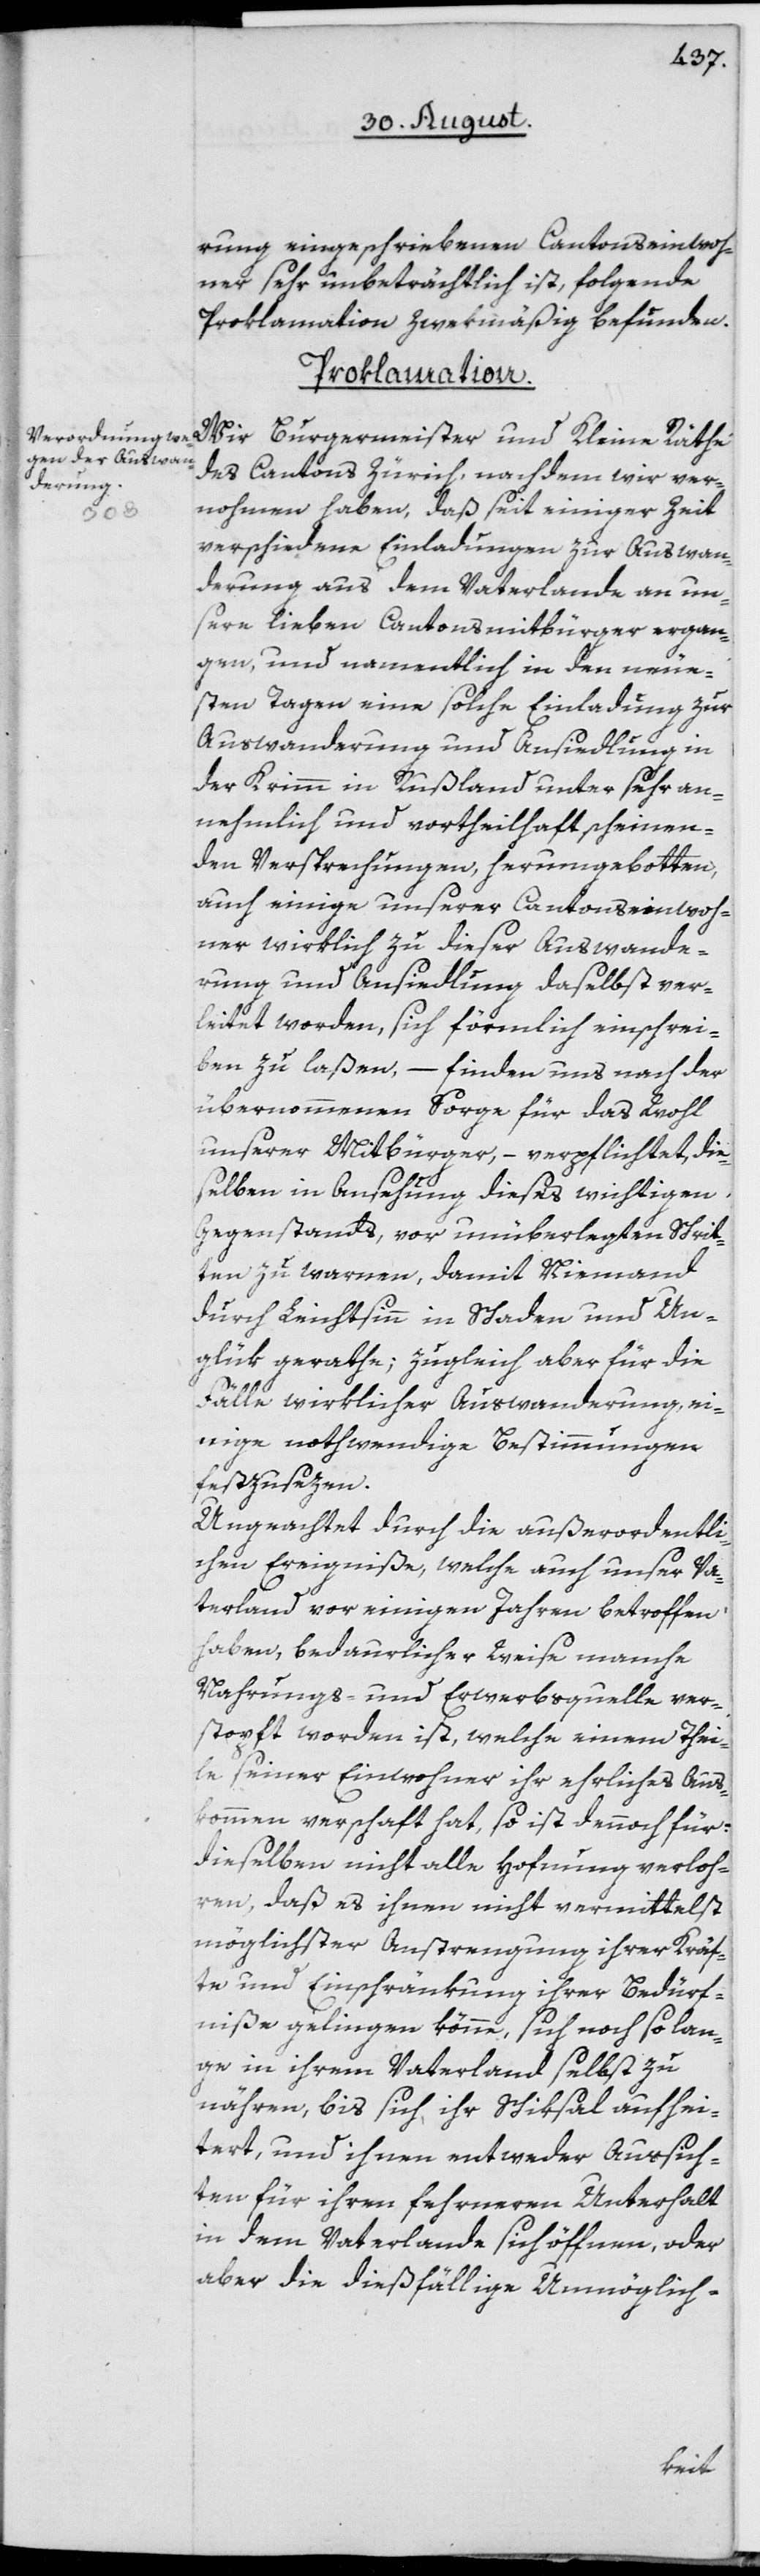
rung eingeschriebenen Cantonseinwoh¬
ner sehr unbeträchtlich ist, folgende
Proklamation zwekmäßig befunden.
Proklamation.
Wir Burgermeister und Kleine Räthe
des Cantons Zürich, nachdem wir ver¬
nohmen haben, daß seit einiger Zeit
verschiedene Einladungen zur Auswan¬
derung aus dem Vaterlande an un¬
sere lieben Cantonsmitbürger ergan¬
gen, und namentlich in den neue¬
sten Tagen eine solche Einladung zur
Auswanderung und Ansiedlung in
der Krimm in Rußland unter sehr an¬
nehmlich und vortheilhaft scheinen¬
den Versprechungen, herumgebotten,
auch einige unserer Cantonseinwoh¬
ner wirklich zu dieser Auswande¬
rung und Ansiedlung daselbst ver¬
leitet worden, sich förmlich einschrei¬
ben zu laßen, – finden uns nach der
übernommenen Sorge für das Wohl
unserer Mitbürger, – verpflichtet, die¬
selben in Ansehung dieses wichtigen
Gegenstands, vor unüberlegten Schrit¬
ten zu warnen, damit Niemand
durch Leichtsinn in Schaden und Un¬
glük gerathe; zugleich aber für die
Fälle wirklicher Auswanderung ei¬
nige nothwendige Bestimmungen
festzusezen.
Ungeachtet durch die außerordentli¬
chen Ereigniße, welche auch unser Va¬
terland vor einigen Jahren betroffen
haben, bedaurlicher Weise manche
Nahrungs- und Erwerbsquelle ver¬
stopft worden ist, welche einem Thei¬
le seiner Einwohner ihr ehrliches Aus¬
kommen verschaft hat, so ist dennoch für
dieselben nicht alle Hofnung verloh¬
ren, daß es ihnen nicht vermittelst
möglichster Anstrengung ihrer Kräf¬
te und Einschränkung ihrer Bedürf¬
niße gelingen könne, sich noch so lan¬
ge in ihrem Vaterland selbst zu
nähren, bis sich ihr Schiksal aufhei¬
tert, und ihnen entweder Aussich¬
ten für ihren fehrneren Unterhalt
in dem Vaterlande sich öffnen, oder
aber die dießfällige Unmöglich-